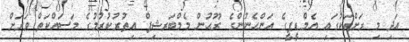
އަދި މި ރަށްތަކުގައި އެމްޑީޕީގެ އަންހެނުންގެ ރޫޙުން މެމްބަރޝިޕް އިތުރުކުރުމުގެ މަސައްކަތް ވަރަށް